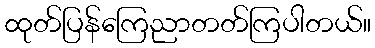
ထုတ်ပြန်ကြေညာတတ်ကြပါတယ်။